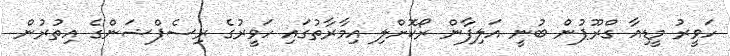
ހަވީރު މީޑިއާ ގްރޫޕުން ބުނީ އަލިފާން ރޯކޮށްލި އިމާރާތުގައި ހަވީރުގެ ރިސެޕްޝަންގެ އިތުރުން